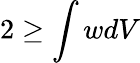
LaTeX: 2\geq\int wdV